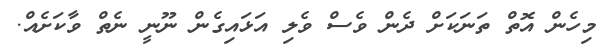
މިހެން އޮތް ތަނަކަށް ދެން ވެސް ވެލި އަޅައިގެން ނޫނީ ނެތް ވާކަށެއް.